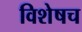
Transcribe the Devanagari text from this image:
विशेषच